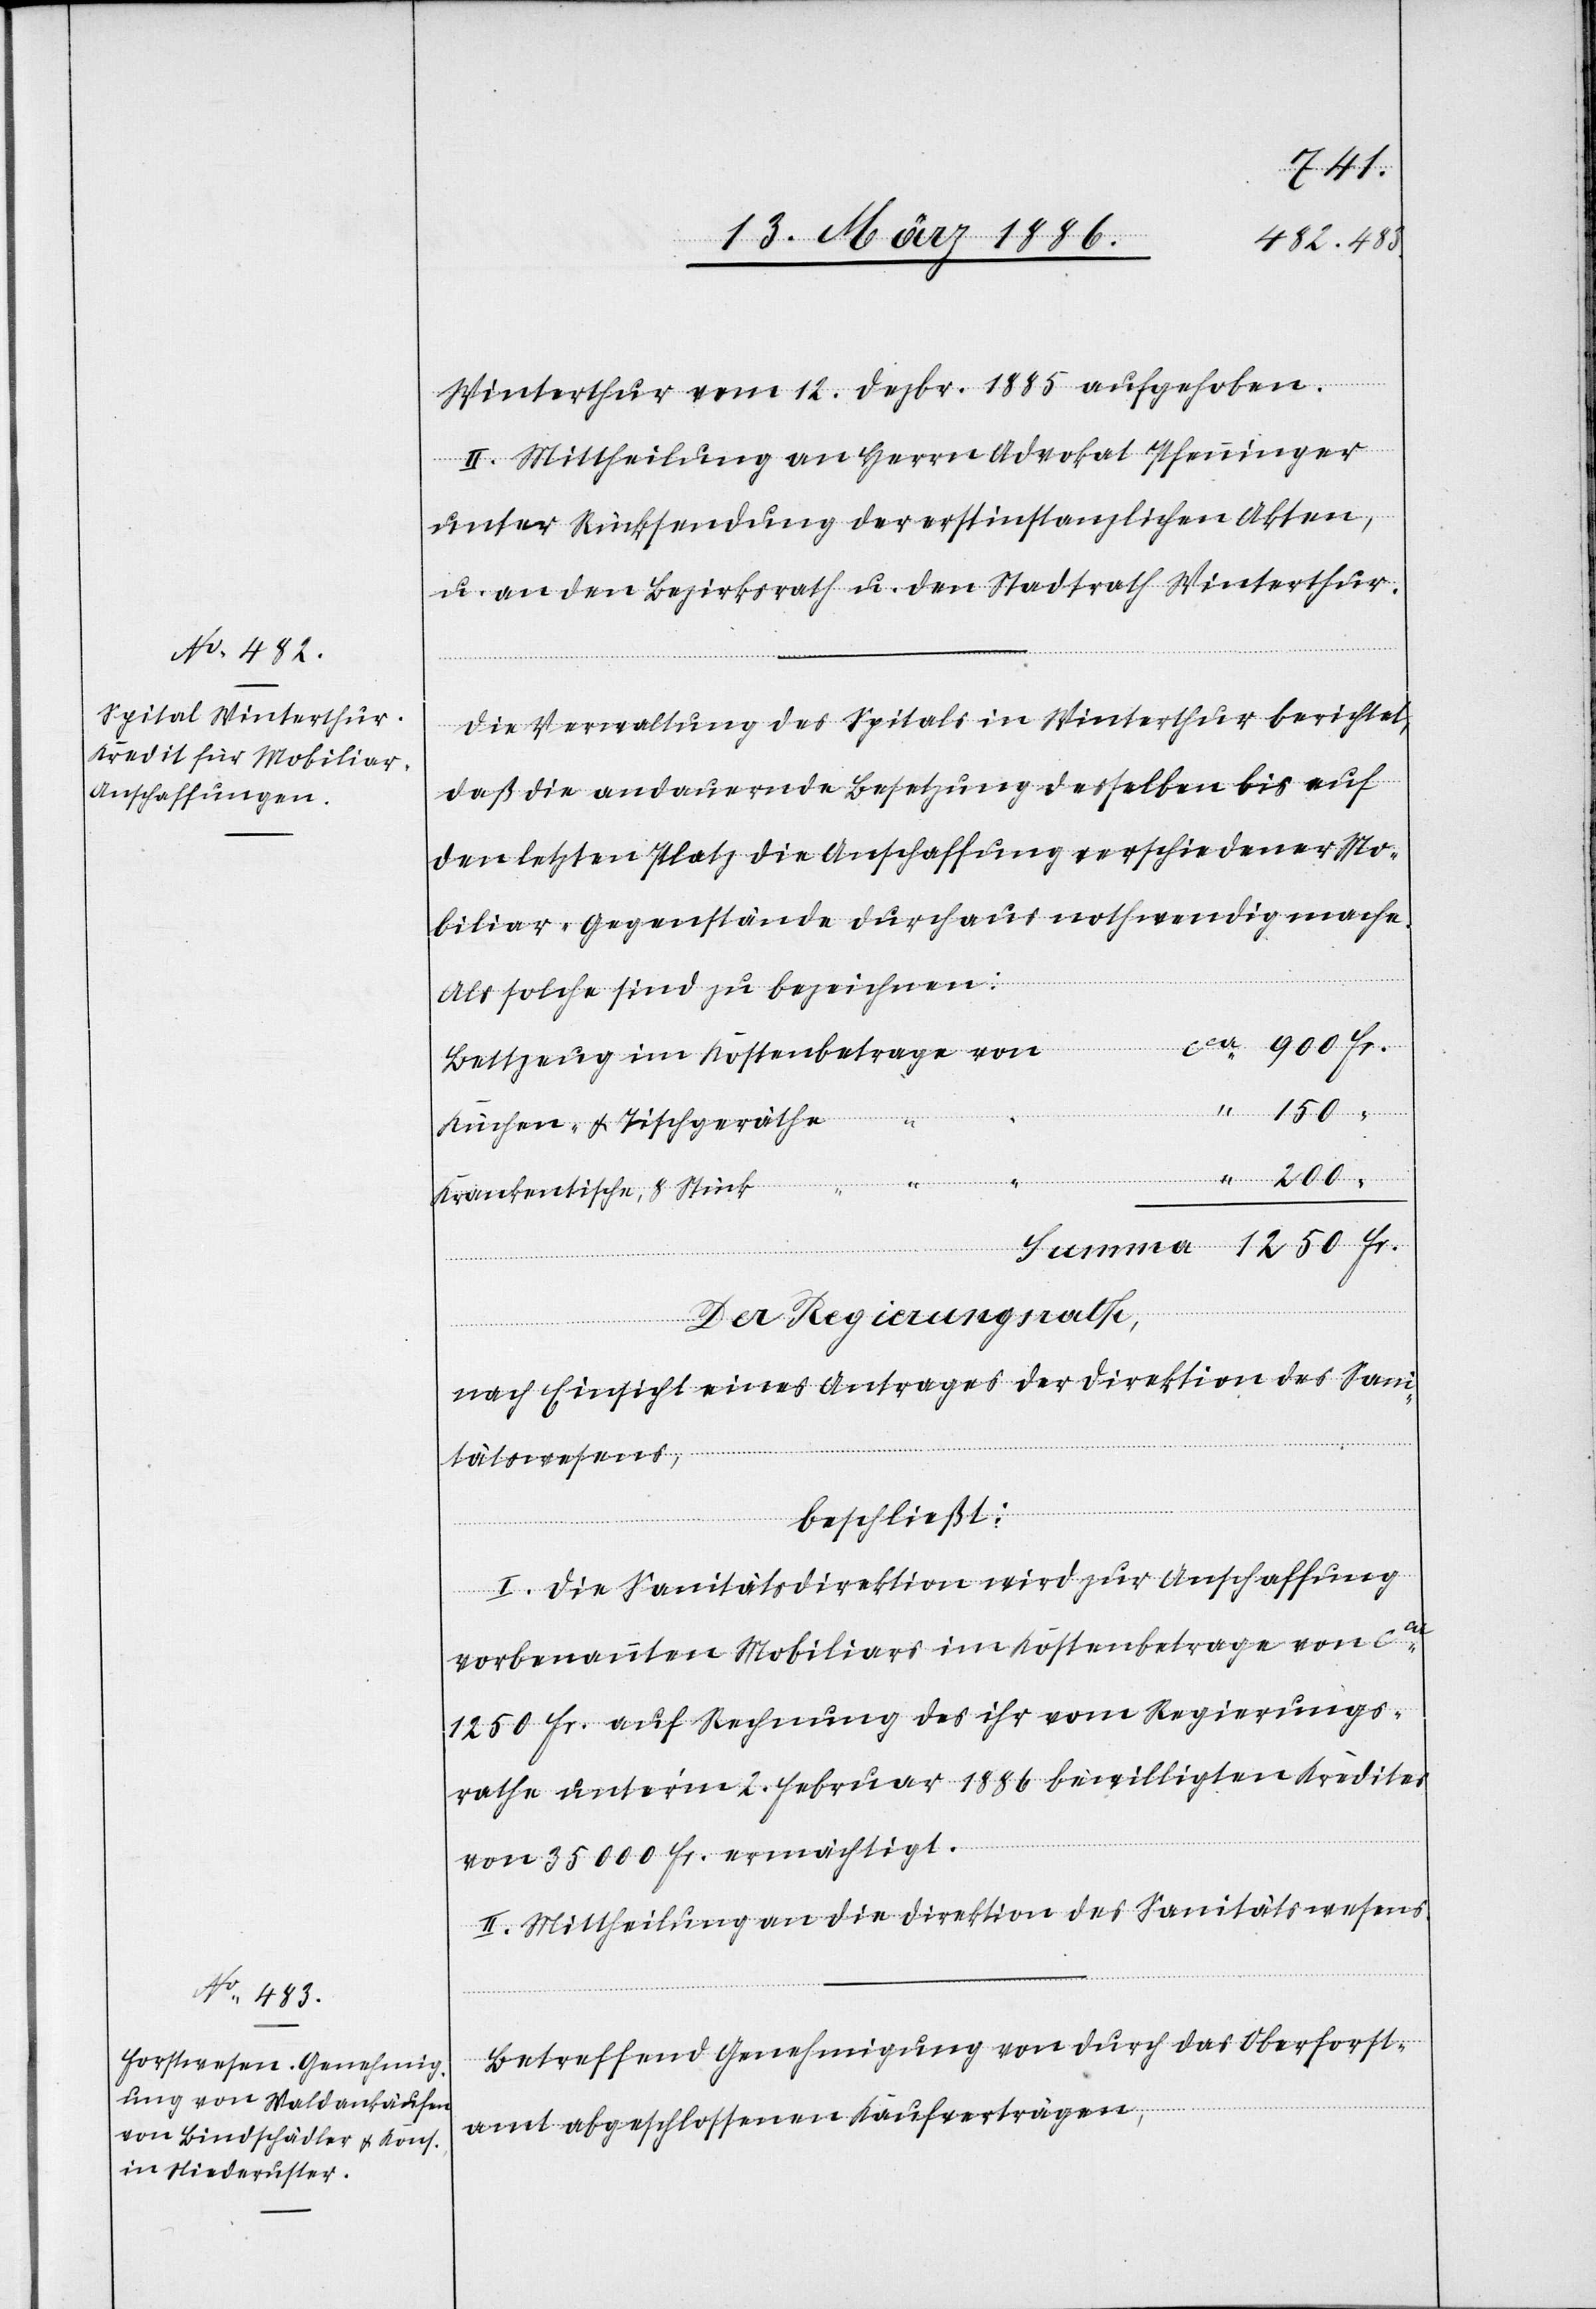
Winterthur vom 12. Dezbr. 1885 aufgehoben.
II. Mittheilung an Herrn Advokat Pfenninger
unter Rücksendung der erstinstanzlichen Akten,
u. an den Bezirksrath u. den Stadtrath Winterthur.
Die Verwaltung des Spitals in Winterthur berichtet,
daß die andauernde Besetzung desselben bis auf
den letzten Platz die Anschaffung verschiedener Mo¬
biliar-Gegenstände durchaus nothwendig mache.
Als solche sind zu bezeichnen:
Bettzeug im Kostenbetrage von
Küchen- & Tischgeräthe
Krankentische, 8 Stück
Der Regierungsrath,
nach Einsicht eines Antrages der Direktion des Sani¬
Fr.
tätswesens,
beschließt:
I. Die Sanitätsdirektion wird zur Anschaffung
1250
vorbenannten Mobiliars im Kostenbetrage von cca
1250 Fr. auf Rechnung des ihr vom Regierungs¬
rathe unter’m 2. Februar 1886 bewilligten Kredites
von 35,000 Fr. ermächtigt.
II. Mittheilung an die Direktion des Sanitätswesens.
Betreffend Genehmigung von durch das Oberforst¬
amt abgeschlossenen Kaufverträgen,